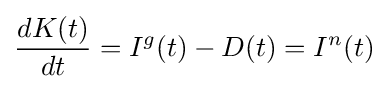
{\frac {dK(t)}{dt}}=I^{g}(t)-D(t)=I^{n}(t)